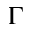
\Gamma